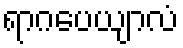
ရာဂပေယျာလံ